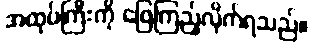
အထုပ်ကြီးကို ဖြေကြည့်လိုက်ရသည်။